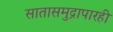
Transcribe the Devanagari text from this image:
सातासमुद्रापारही